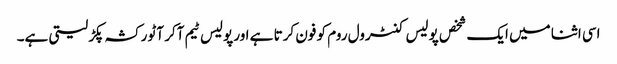
اسی اثنا میں ایک شخص پولیس کنٹرول روم کو فون کرتا ہے اور پولیس ٹیم آکر آٹو رکشہ پکڑ لیتی ہے۔